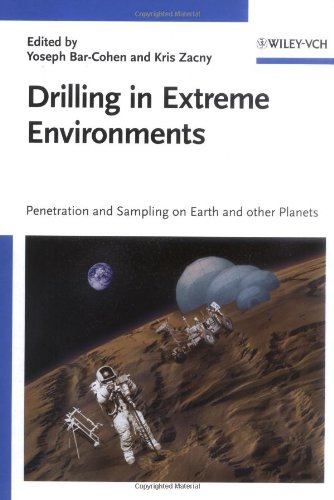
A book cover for Drilling in Extreme Environments: Penetration and Sampling on Earth and other Planets; Science & Math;